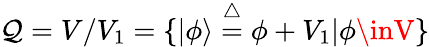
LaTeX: \mathcal{Q}=V/V_{1}=\{ |\phi\rangle\stackrel{\triangle}{=}\phi+V_{1}|\phi\inV\}